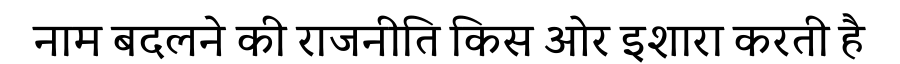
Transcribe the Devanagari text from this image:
नाम बदलने की राजनीति किस ओर इशारा करती है